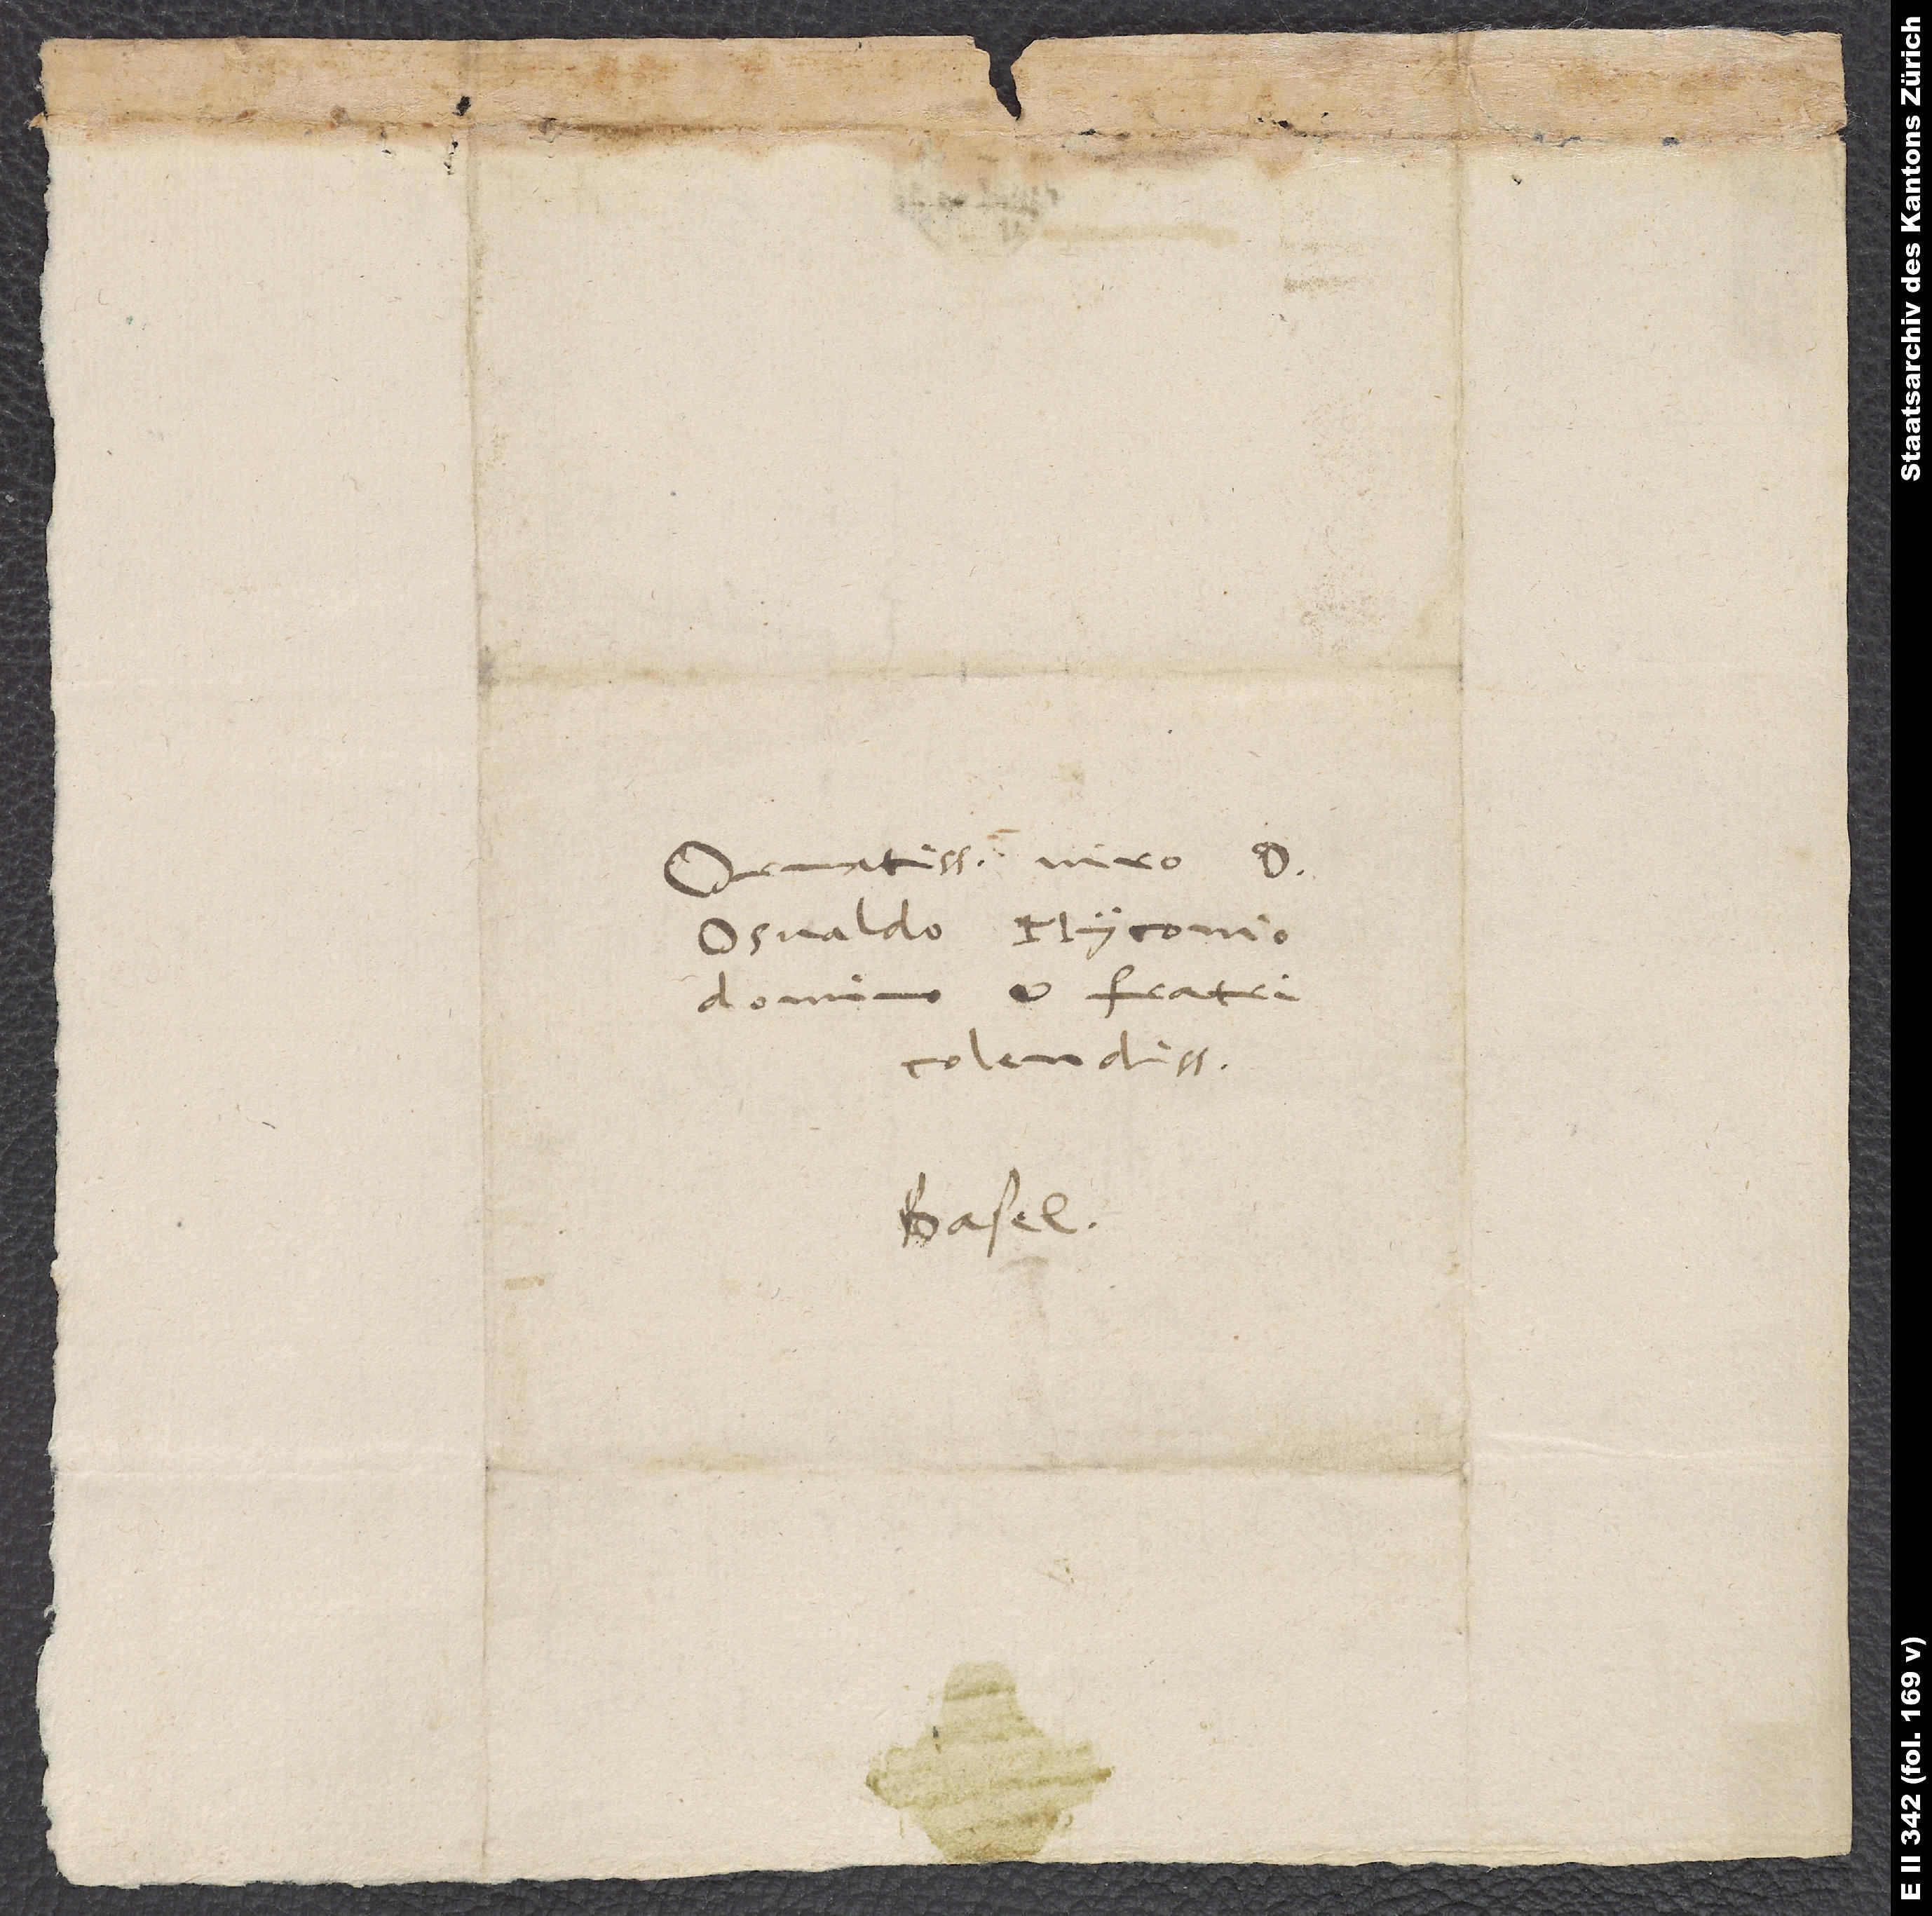
Ornatissimo viro d.
Osvaldo Myconio,
domino et fratri
colendissimo.
Basel.